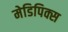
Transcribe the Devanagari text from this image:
मेडिपिक्स